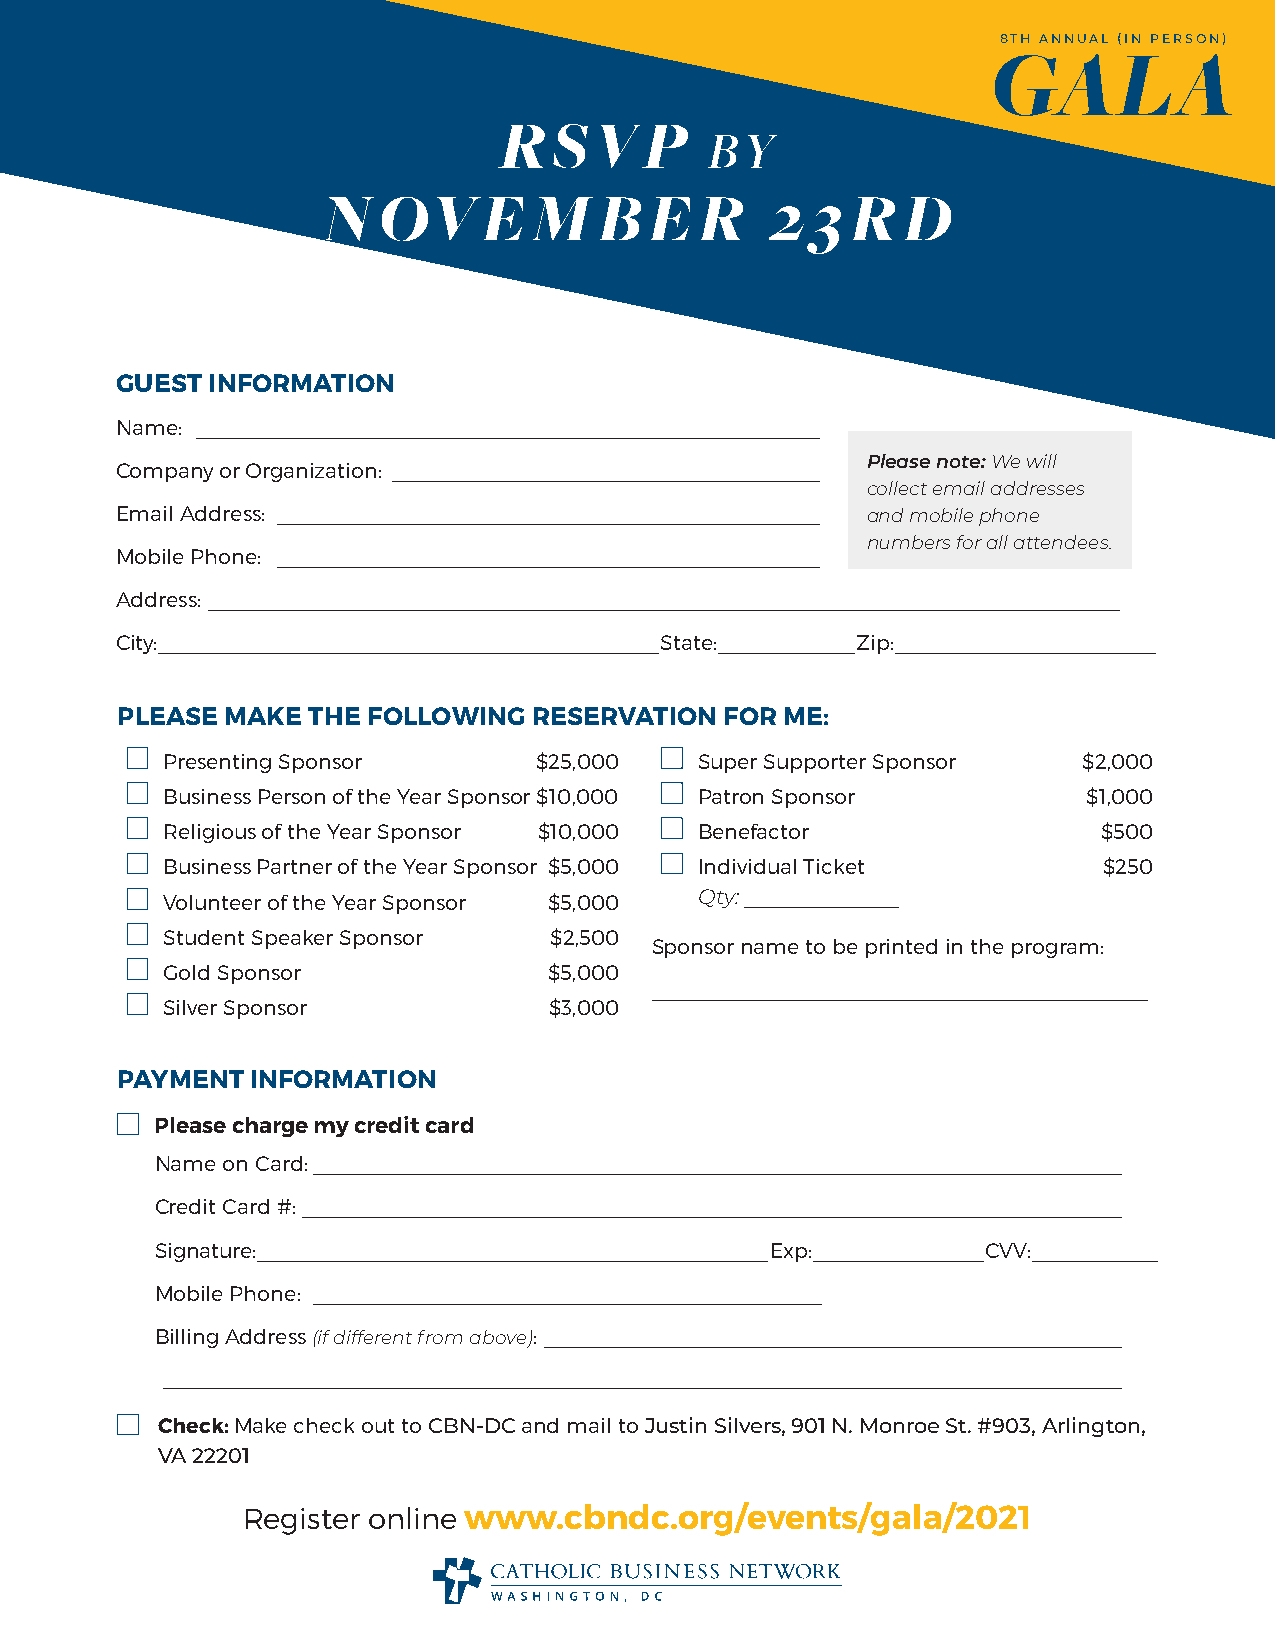
8TH ANNUAL (IN PERSON)
 GALA
 RSVP
 BY
 N   OVE       M    B  E  R    2  3 R   D
 GUEST INFORMATION
 Name: ______________________________________________________
 Please note: We will
 Company or Organization: _____________________________________
 collect email addresses
 Email Address: _______________________________________________ and mobile phone
 numbers for all attendees.
 Mobile Phone: _______________________________________________
 Address: _______________________________________________________________________________
 City: ____________________________________________ State: ____________ Zip: _______________________
 PLEASE MAKE THE FOLLOWING  RESERVATION  FOR ME:
 Presenting Sponsor      $25,000    Super Supporter Sponsor   $2,000
 Business Person of the Year Sponsor $10,000 Patron Sponsor   $1,000
 Religious of the Year Sponsor $10,000 Benefactor              $500
 Business Partner of the Year Sponsor $5,000 Individual Ticket $250
 Volunteer of the Year Sponsor $5,000 Qty: ____________________________
 Student Speaker Sponsor  $2,500
 Sponsor name to be printed in the program:
 Gold Sponsor             $5,000
 ___________________________________________
 Silver Sponsor           $3,000
 PAYMENT  INFORMATION
 Please charge my credit card
 Name on Card: ______________________________________________________________________
 Credit Card #: _______________________________________________________________________
 Signature: _____________________________________________ Exp: _______________ CVV: ___________
 Mobile Phone: ____________________________________________
 Billing Address (if different from above): __________________________________________________
 ___________________________________________________________________________________
 Check: Make check out to CBN-DC and mail to Justin Silvers, 901 N. Monroe St. #903, Arlington,
 VA 22201
 Register online www.cbndc.org/events/gala/2021